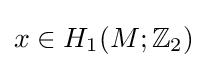
x\in H_{1}(M;\mathbb {Z} _{2})